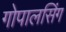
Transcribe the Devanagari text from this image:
गोपालसिंग